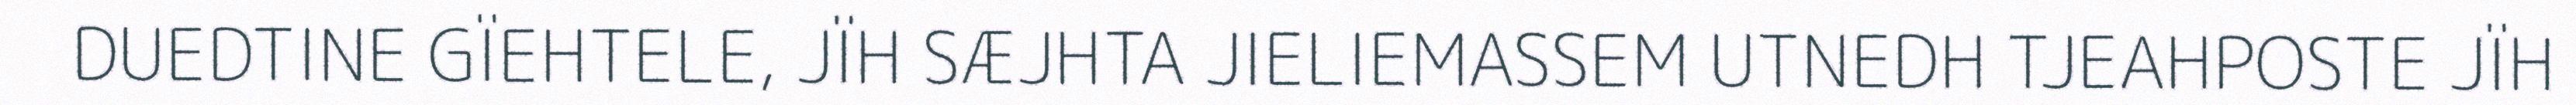
DUEDTINE GÏEHTELE, JÏH SÆJHTA JIELIEMASSEM UTNEDH TJEAHPOSTE JÏH